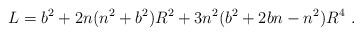
LaTeX: \begin{align*}L=b^{2}+2n(n^{2}+b^{2})R^{2}+3n^{2}(b^{2}+2bn-n^{2})R^{4}\, \, .\end{align*}